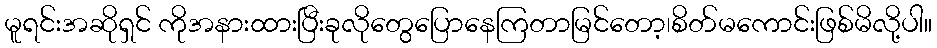
မူရင်းအဆိုရှင် ကိုအနားထားပြီးခုလိုတွေပြောနေကြတာမြင်တော့၊စိတ်မကောင်းဖြစ်မိလို့ပါ။